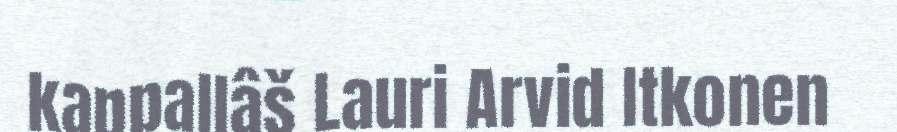
kappallâš Lauri Arvid Itkonen